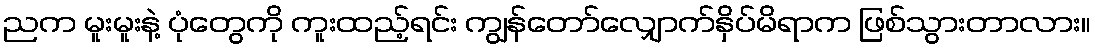
ညက မူးမူးနဲ့ ပုံတွေကို ကူးထည့်ရင်း ကျွန်တော်လျှောက်နှိပ်မိရာက ဖြစ်သွားတာလား။